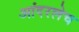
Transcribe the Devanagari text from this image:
आंदरलेच